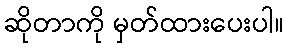
ဆိုတာကို မှတ်ထားပေးပါ။